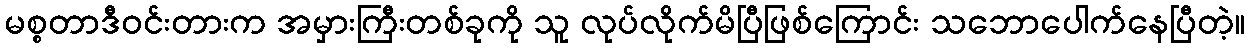
မစ္စတာဒီဝင်းတားက အမှားကြီးတစ်ခုကို သူ လုပ်လိုက်မိပြီဖြစ်ကြောင်း သဘောပေါက်နေပြီတဲ့။